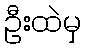
ဦးထဲမှ